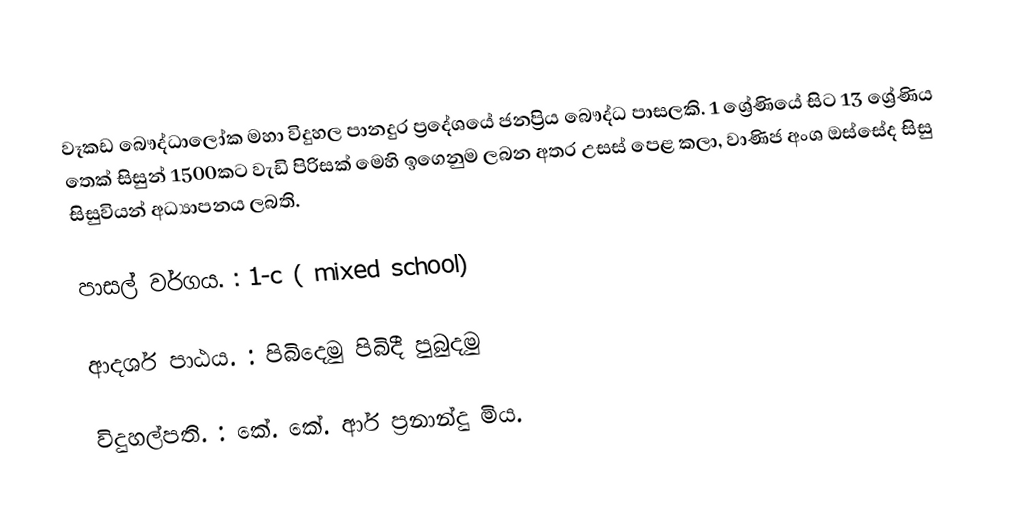
වෑකඩ  බෞද්ධාලෝක මහා විදුහල   පානදුර ප්‍රදේශයේ   ජනප්‍රිය බෞද්ධ පාසලකි. 1 ශ්‍රේණියේ සිට  13 ශ්‍රේණිය   තෙක්  සිසුන්  1500කට වැඩි පිරිසක්  මෙහි  ඉගෙනුම ලබන  අතර  උසස් පෙළ  කලා, වාණිජ  අංශ ඔස්සේද  සිසු සිසුවියන්  අධ්‍යාපනය ලබති.

පාසල් වර්ගය.    :    1-c ( mixed school)

ආදර්ශ පාඨය.     :    පිබිදෙමු          පිබිදී   පුබුදමු

විදුහල්පති.           :  කේ. කේ. ආර් ප්‍රනාන්දු  මිය.